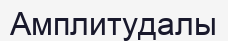
Амплитудалы